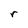
Character: r